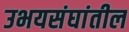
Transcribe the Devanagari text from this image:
उभयसंघांतील